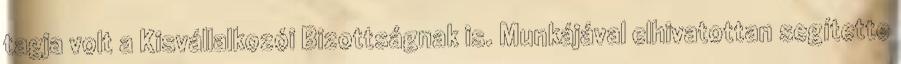
tagja volt a Kisvállalkozói Bizottságnak is. Munkájával elhivatottan segítette